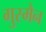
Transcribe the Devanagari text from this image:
गुस्मैन